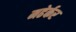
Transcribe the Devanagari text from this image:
मढेर्कर